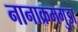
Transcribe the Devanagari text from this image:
नानाक्रमगुड़ा